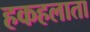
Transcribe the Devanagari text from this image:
हकहलाता